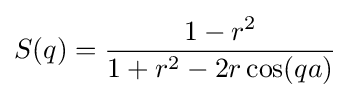
S(q)={\frac {1-r^{2}}{1+r^{2}-2r\cos(qa)}}